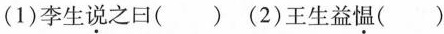
（1）李生说之曰（ ） （2）王生益愠（ ）